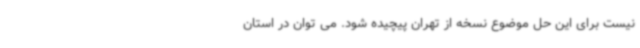
نیست برای این حل موضوع نسخه از تهران پیچیده شود. می توان در استان